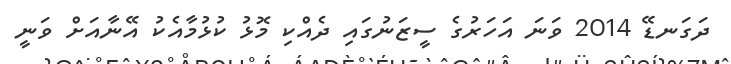
ދަގަނޑޭ 2014 ވަނަ އަހަރުގެ ސީޒަނުގައި ދެއްކި މޮޅު ކުޅުމާއެކު އޭނާއަށް ވަނީ